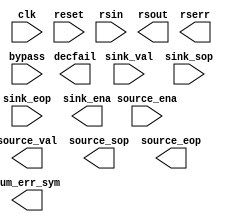
// Generated by Reed Solomon 18.0 [Altera, IP Toolbench 1.3.0 Build 614]
// ************************************************************
// THIS IS A WIZARD-GENERATED FILE. DO NOT EDIT THIS FILE!
// ************************************************************
// Copyright (C) 1991-2019 Altera Corporation
// Any megafunction design, and related net list (encrypted or decrypted),
// support information, device programming or simulation file, and any other
// associated documentation or information provided by Altera or a partner
// under Altera's Megafunction Partnership Program may be used only to
// program PLD devices (but not masked PLD devices) from Altera.  Any other
// use of such megafunction design, net list, support information, device
// programming or simulation file, or any other related documentation or
// information is prohibited for any other purpose, including, but not
// limited to modification, reverse engineering, de-compiling, or use with
// any other silicon devices, unless such use is explicitly licensed under
// a separate agreement with Altera or a megafunction partner.  Title to
// the intellectual property, including patents, copyrights, trademarks,
// trade secrets, or maskworks, embodied in any such megafunction design,
// net list, support information, device programming or simulation file, or
// any other related documentation or information provided by Altera or a
// megafunction partner, remains with Altera, the megafunction partner, or
// their respective licensors.  No other licenses, including any licenses
// needed under any third party's intellectual property, are provided herein.

module RS_DE_LANE_QUATUS (
	clk,
	reset,
	rsin,
	sink_val,
	sink_sop,
	sink_eop,
	source_ena,
	bypass,
	rsout,
	sink_ena,
	source_val,
	source_sop,
	source_eop,
	decfail,
	num_err_sym,
	rserr);

	input		clk;
	input		reset;
	input	[8:1]	rsin;
	input		sink_val;
	input		sink_sop;
	input		sink_eop;
	input		source_ena;
	input		bypass;
	output	[8:1]	rsout;
	output		sink_ena;
	output		source_val;
	output		source_sop;
	output		source_eop;
	output		decfail;
	output	[4:1]	num_err_sym;
	output	[8:1]	rserr;
endmodule